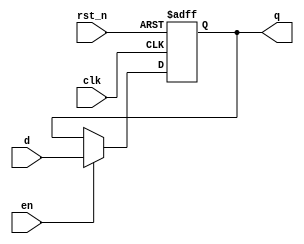
module register_4bit (
    input wire clk,          // Clock input
    input wire rst_n,       // Active low reset
    input wire en,          // Enable signal
    input wire [3:0] d,     // 4-bit data input
    output reg [3:0] q      // 4-bit data output
);

// Sequential logic using non-blocking assignments
always @(posedge clk or negedge rst_n) begin
    if (!rst_n) begin
        q <= 4'b0000;       // Reset output to 0 on active low reset
    end else if (en) begin
        q <= d;            // Update output with input data when enabled
    end
end

endmodule